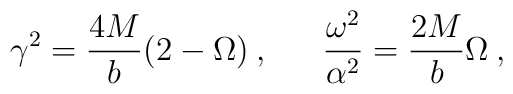
\gamma^2=\frac{4M}{b}(2- \Omega) \:,\:\:\:\:\:\:\:  \frac{\omega^2}{\alpha^2}= \frac{2M}{b}\Omega\:,